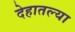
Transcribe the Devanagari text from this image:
देहातल्या